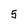
Character: 5